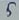
Text: 5